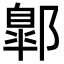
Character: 𨝲